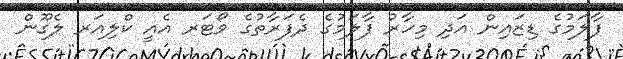
ފާލަމުގެ ޑިޒައިން އަދި މިހާރު ފާލަމުގެ ދެފަރާތުގެ ވޯޓަރ އެއީ ކްލިއަރ ލެގޫން